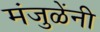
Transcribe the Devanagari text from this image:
मंजुळेंनी